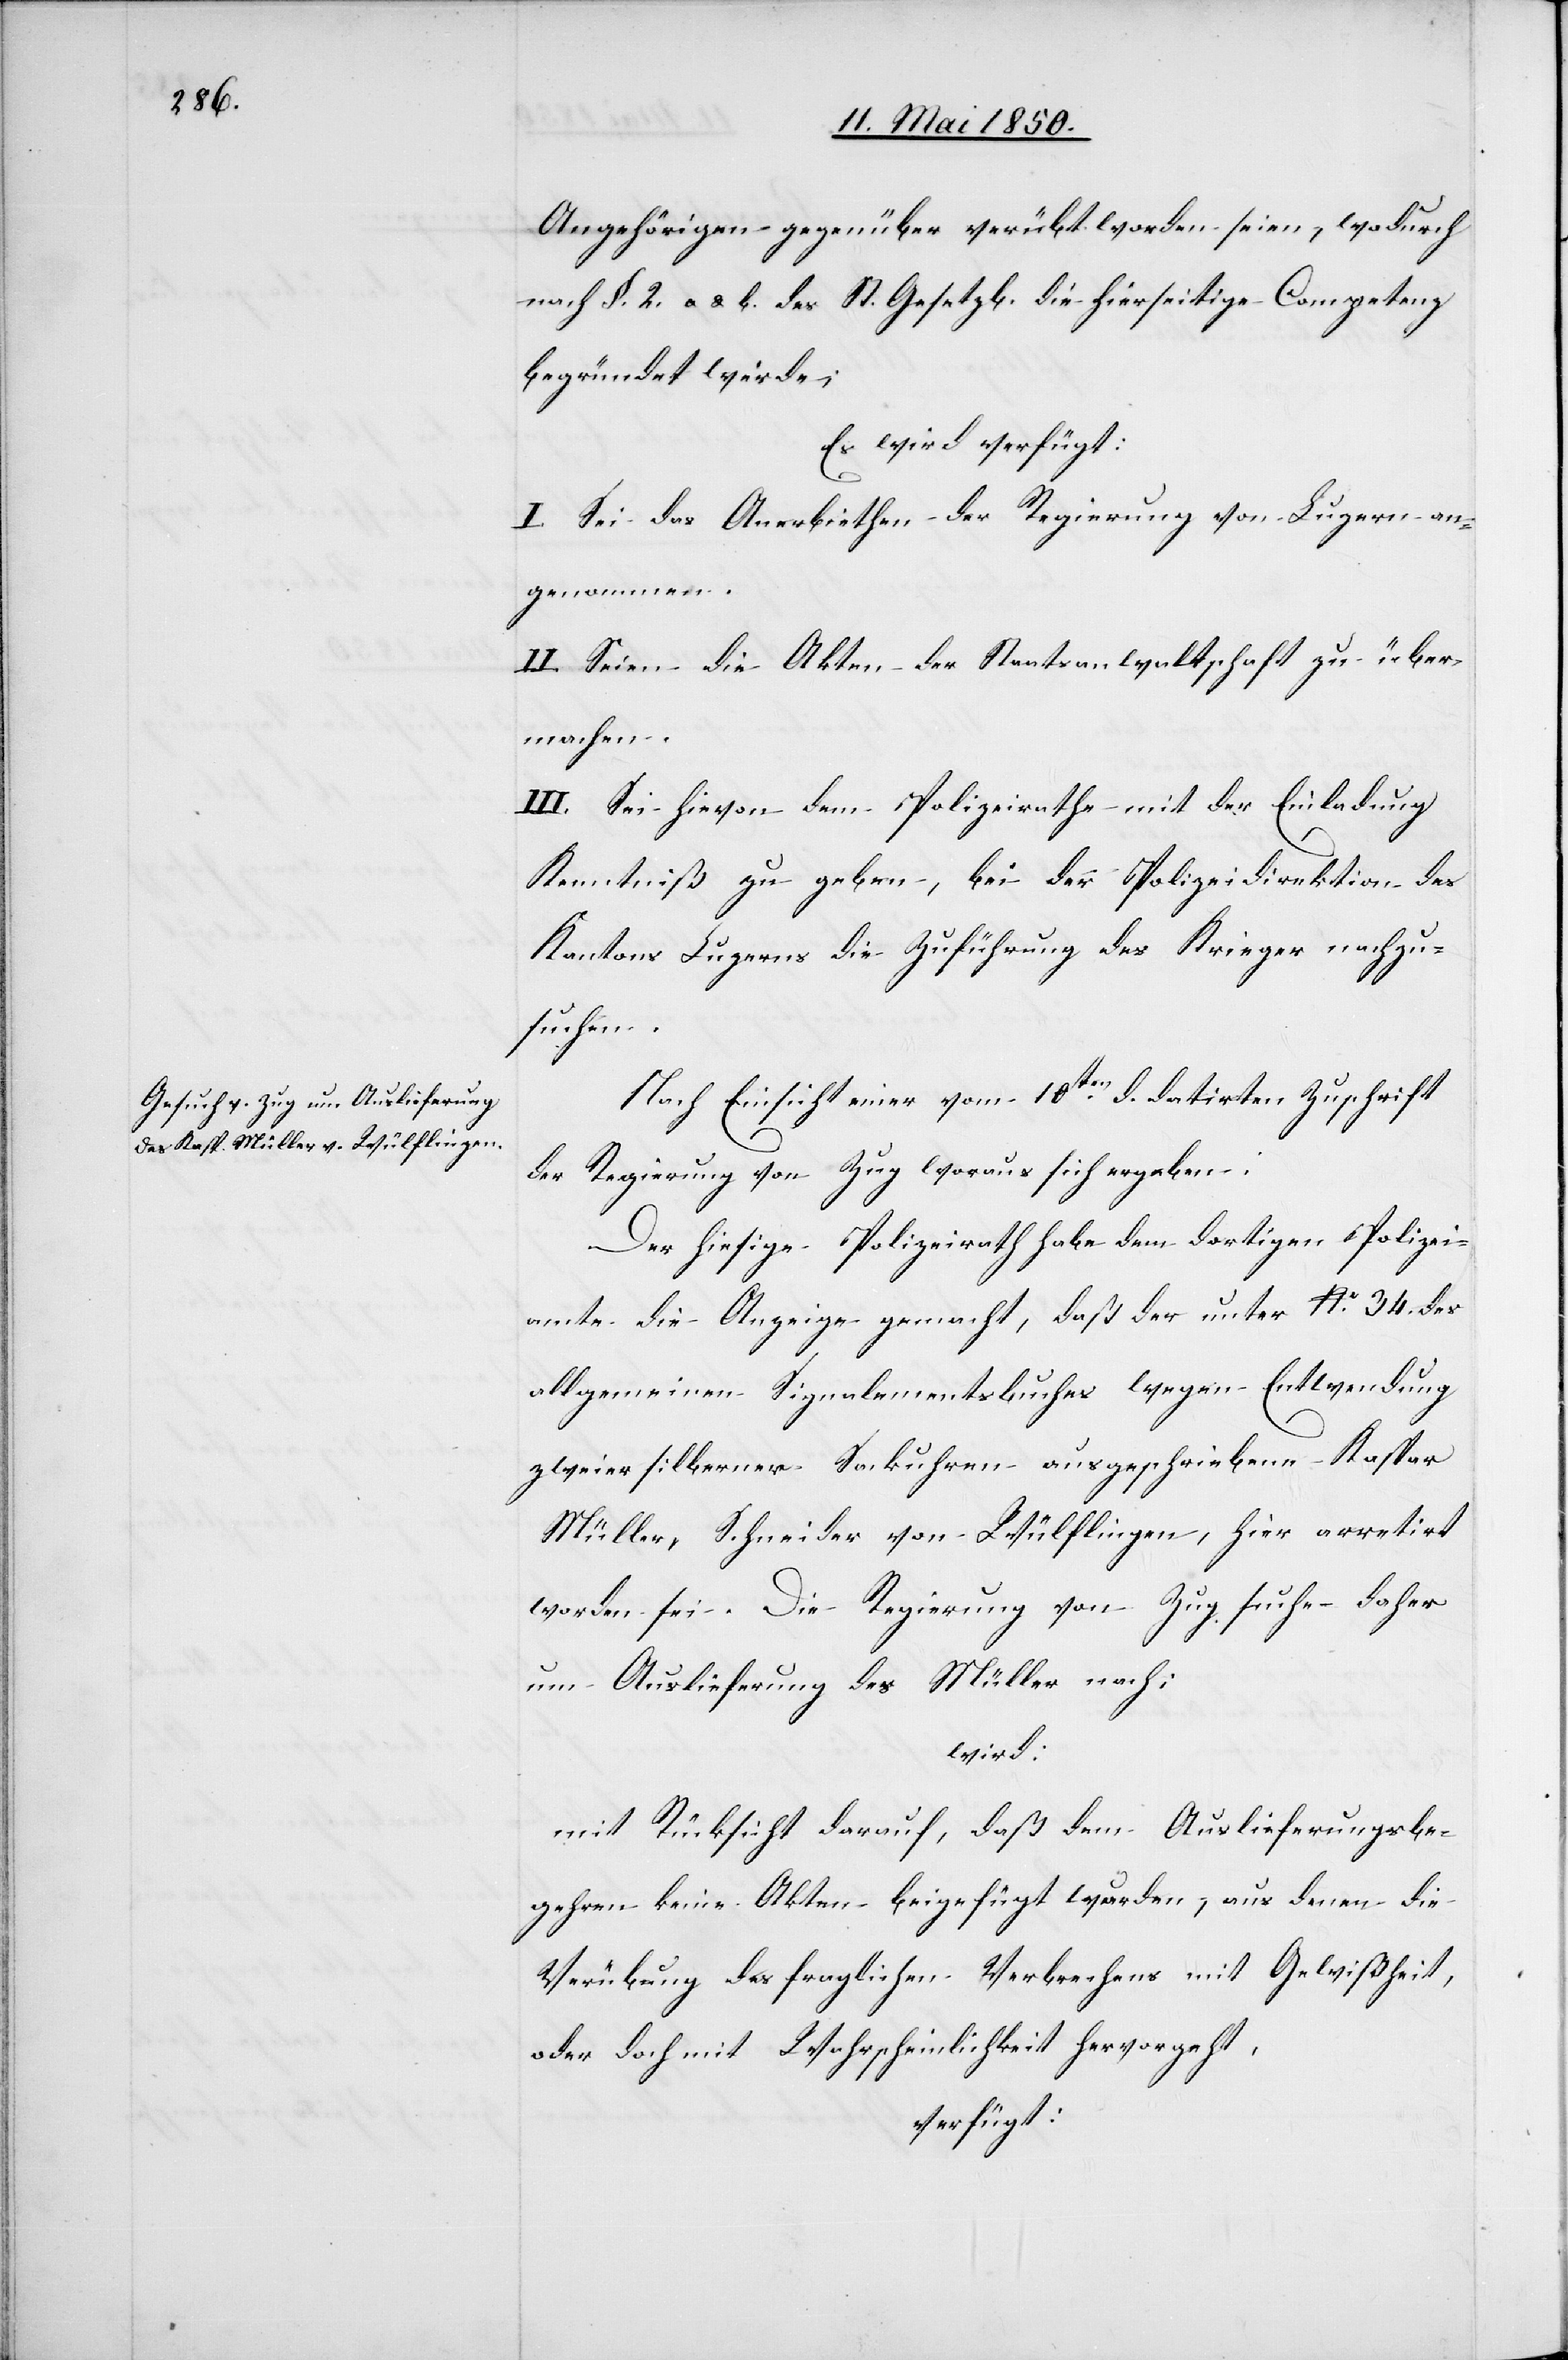
Angehörigen gegenüber verübt worden seien, wodurch
nach §. 2. a & b. des St. Gesetzb. die hierseitige Competenz
begründet werde;
Es wird verfügt:
I. Sei das Anerbiethen der Regierung von Luzern an¬
genommen.
II. Seien die Akten der Staatsanwaltschaft zu über¬
machen.
III. Sei hievon dem Polizeirathe mit der Einladung
Kenntniß zu geben, bei der Polizeidirektion des
Kantons Luzerns die Zuführung des Krieger nachzu¬
suchen.
Nach Einsicht einer vom 10ten d. datirten Zuschrift
der Regierung von Zug woraus sich ergeben:
Der hiesige Polizeirath habe dem dortigen Polizei¬
amte die Anzeige gemacht, daß der unter No 34. des
allgemeinen Signalementsbuches wegen Entwendung
zweier silberner Sackuhren ausgeschriebene Kaspar
Müller, Schneider von Wülflingen, hier arretirt
worden sei. Die Regierung von Zug suche daher
um Auslieferung des Müller nach;
wird:
mit Rücksicht darauf, daß dem Auslieferungsbe¬
gehren keine Akten beigefügt wurden, aus denen die
Verübung des fraglichen Verbrechens mit Gewißheit,
oder doch mit Wahrscheinlichkeit hervorgeht,
verfügt: